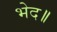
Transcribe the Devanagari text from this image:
भेद॥